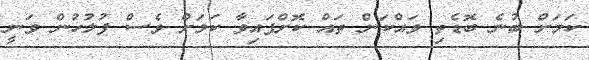
ކަމަށް ބުނެ ބޮޑެތި ވައްކަން ތައް ކޮށްފައިވާ ކަމަށް ވެސް ފުލުހުން ވަނީ